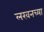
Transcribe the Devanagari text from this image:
लखनच्या